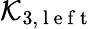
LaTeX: \mathcal{K}_{3,\mathrm{{~l~e~f~t~}}}